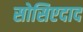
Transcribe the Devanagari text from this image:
सोसिएदाद